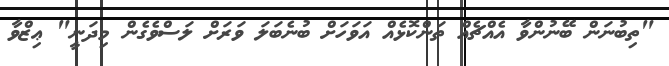
"ތިބުނަން ބޭނުންވާ އެއްޗެއް ތަންކޮޅެއް އަވަހަށް ބުނެބަލަ ވަރަށް ލަސްވެގެން މިދަނީ" ޢިޒްވާ